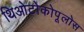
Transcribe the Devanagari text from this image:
थिओटोकोपूलोस